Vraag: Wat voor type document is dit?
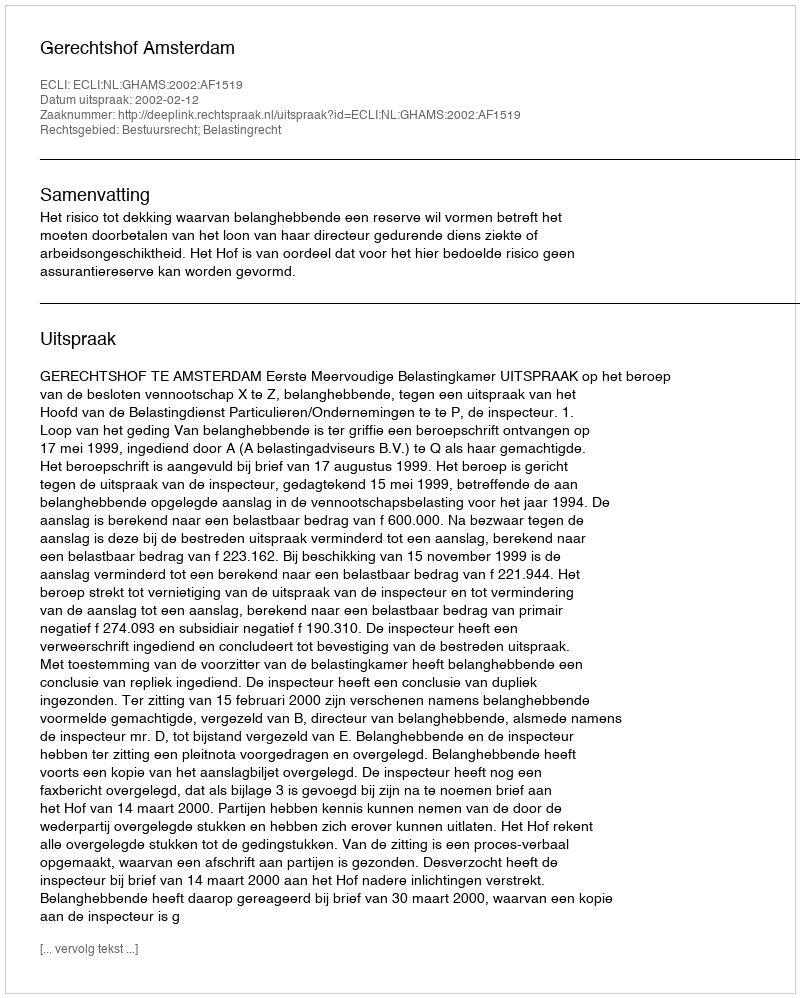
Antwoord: Uitspraak